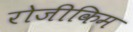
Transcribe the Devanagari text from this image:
रोजीकिम